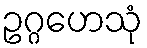
ဥဂ္ဂဟေသုံ